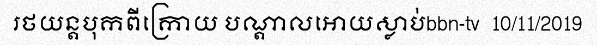
រថយន្តបុកពីក្រោយ បណ្តាលអោយស្លាប់bbn-tv  10/11/2019